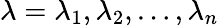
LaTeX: \lambda={\lambda_{1},\lambda_{2},\dots,\lambda_{n}}